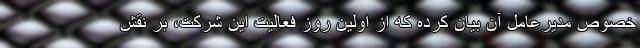
خصوص مدیرعامل آن بیان کرده که از اولین روز فعالیت این شرکت، بر نقش